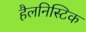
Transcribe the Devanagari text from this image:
हैलनिस्टिक